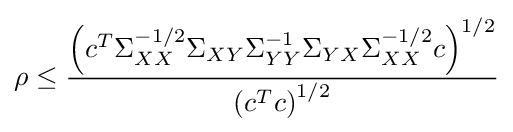
\rho \leq {\frac {\left(c^{T}\Sigma _{XX}^{-1/2}\Sigma _{XY}\Sigma _{YY}^{-1}\Sigma _{YX}\Sigma _{XX}^{-1/2}c\right)^{1/2}}{\left(c^{T}c\right)^{1/2}}}